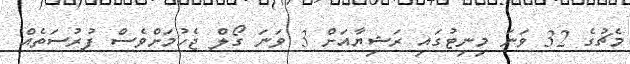
މެޗުގެ 32 ވަނަ މިނިޓުގައި ރަޝިޔާއަށް 3 ވަނަ ގޯލް ޖެހުމަށްވެސް ފުރުސަތެއް